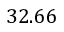
3 2 . 6 6